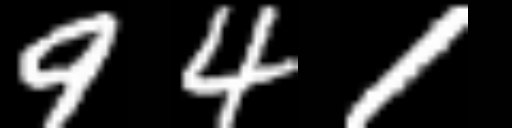
Text: 941